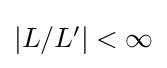
{\textstyle |L/L'|<\infty }